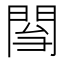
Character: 𨴌